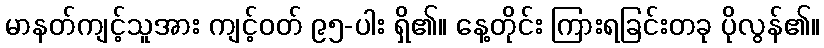
မာနတ်ကျင့်သူအား ကျင့်ဝတ် ၉၅-ပါး ရှိ၏။ နေ့တိုင်း ကြားရခြင်းတခု ပိုလွန်၏။